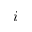
i